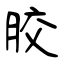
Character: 胶